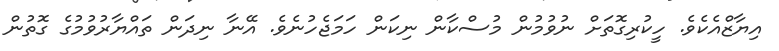
އިޔާޒްއެކެވެ. ހީކުރިގޮތަށް ނުވުމުން މުސްކާން ނިކަން ހަމަޖެހުނެވެ. އޭނާ ނިދަން ތައްޔާރުވުމުގެ ގޮތުން